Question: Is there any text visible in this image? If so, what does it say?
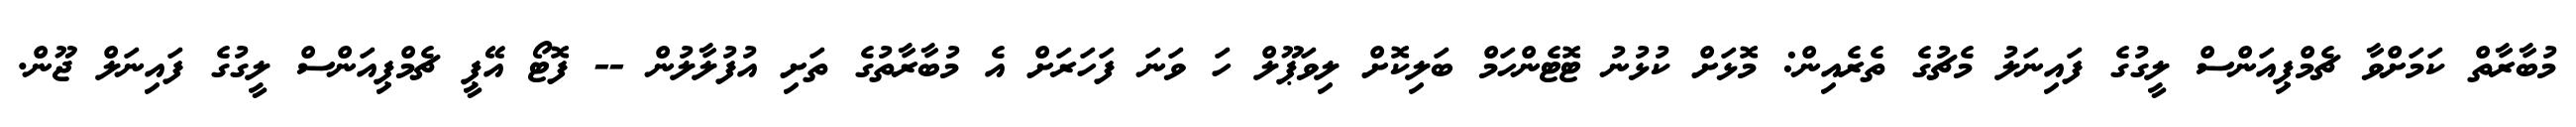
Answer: މުބާރާތް ކަމަށްވާ ޗެމްޕިއަންސް ލީގުގެ ފައިނަލު މެޗުގެ ތެރެއިން: މޮޅަށް ކުޅުނު ޓޮޓެންހަމް ބަލިކޮށް ލިވަޕޫލް ހަ ވަނަ ފަހަރަށް އެ މުބާރާތުގެ ތަށި އުފުލާލުން -- ފޮޓޯ އޭޕީ ޗެމްޕިއަންސް ލީގުގެ ފައިނަލް ޖޫން.